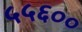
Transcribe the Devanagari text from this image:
५५६००